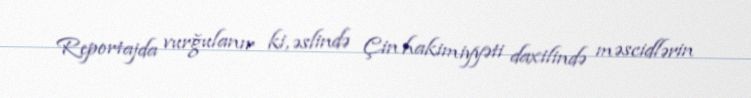
Reportajda vurğulanır ki, əslində Çin hakimiyyəti daxilində məscidlərin